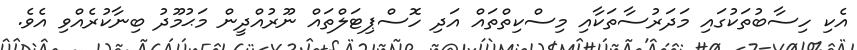
އެކި ހިސާބުތަކުގައި މަދަރުސާތަކާއި މިސްކިތްތައް އަދި ހޮސްޕިޓަލްތައް ނޫރުއްދީން މަޙުމޫދު ބިނާކުރެއްވި އެވެ.